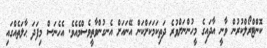
ކޮންޓްރޯލްކުރުން ވާނީ އާދައިގެ މީހުންނަށްވުރެ ދަތިކަމަކަށްކަން އޭނައަށް އެނގުންވާތީވެސްމެއެވެ. އެހެނަސް މިފަދަ ޙާލަތެއްގައި